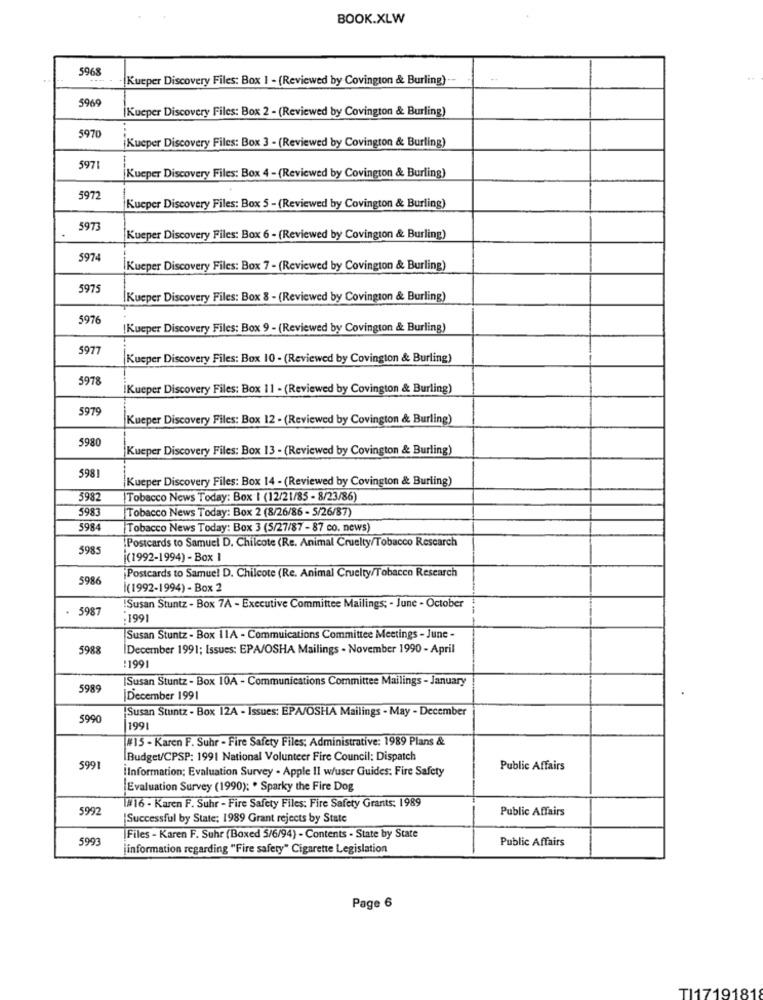
BOOK.XLW
5968
Kueper Discovery Files: Box 1 - (Reviewed by Covington & Burling)-
5969
Kueper Discovery Files: Box 2 - (Reviewed by Covington & Burling)
5970
Kueper Discovery Files: Box 3 - (Reviewed by Covington & Burling)
5971
Kueper Discovery Files: Box 4 - (Reviewed by Covington & Burling)
5972
Kueper Discovery Files: Box 5 - (Reviewed by Covington & Burling)
5973
Kueper Discovery Files: Box 6 - (Reviewed by Covington & Burling)
5974
Kueper Discovery Files: Box 7 - (Reviewed by Covington & Burling)
5975
IKueper Discovery Files: Box 8 - (Reviewed by Covington & Burling)
5976
[Kueper Discovery Files: Box 9 - (Reviewed by Covington & Burling)
5977
Kueper Discovery Files: Box 10 - (Reviewed by Covington & Burling)
5978
iKueper Discovery Files: Box 11 - (Reviewed by Covington & Burling)
5979
Kueper Discovery Files: Box 12 - (Reviewed by Covington & Burling)
5980
Kueper Discovery Files: Box 13 - (Reviewed by Covington & Burling)
5981
Kueper Discovery Files: Box 14 - (Reviewed by Covington & Burling)
5982
Tobacco News Today: Box I (12/21/85 - 8/23/86)
5983
Tobacco News Today: Box 2 (8/26/86 - 5/26/87)
5984
Tobacco News Today: Box 3 (5/27/87 - 87 co. news)
Postcards to Samuel D. Chilcote (Re. Animal Cruelty/Tobacco Rescarch
5985
[(1992-1994) - Box 1
Postcards to Samuel D. Chilcote (Re. Animal Cruelty/Tobacco Research
5986
(1992-1994) - Box 2
5987
!Susan Stuntz - Box 7A - Executive Committee Mailings; - June - October
:199
Susan Stuntz - Box 11A - Commuications Committee Meetings - June
5988
IDecember 1991; Issues: EPA/OSHA Mailings . November 1990 - April
:1991
Susan Stuntz - Box 10A - Communications Committee Mailings - January
5989
December 1991
[Susan Stuntz - Box 12A - Issues: EPA/OSHA Mailings - May - December
5990
|1991
#15 - Karen F. Suhr - Fire Safety Files: Administrative: 1989 Plans &
Budget/CPSP: 1991 National Volunteer Fire Council: Dispatch
5991
iInformation; Evaluation Survey . Apple Il w/user Guides: Fire Safety
Public Affairs
Evaluation Survey (1990): . Sparky the Fire Dog
5992
1816 - Karen F. Suhr - Fire Safety Files: Fire Safety Grants: 1989
Public Affairs
Successful by State; 1989 Grant rejects by State
5993
Files - Karen F. Suhr (Boxed 5/6/94) - Contents - State by State
Public Affairs
[information regarding "Fire safety" Cigarette Legislation
Page 6
TI1719181